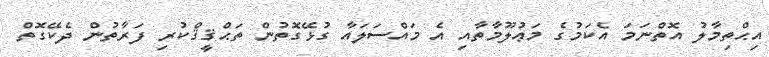
އިޙްތިމާލު އޮތްނަމަ އެކަމުގެ މަޢުލޫމާތާއި އެ މައްސަލައާ ގުޅޭގޮތުން ތަޙްޤީޤްކުރި ފަރާތުން ދެކޭގޮތް